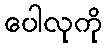
ပေါလုကို